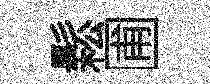
鬆圃